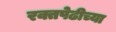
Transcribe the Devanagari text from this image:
रक्तपेढीच्या